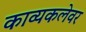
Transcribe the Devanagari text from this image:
काव्यकलेवर